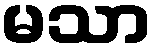
မသာ